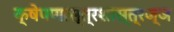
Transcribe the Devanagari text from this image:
क्षेपणास्त्रशास्त्रज्ञ